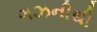
ગઝનીથી